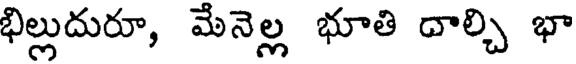
భిల్లుదురూ, మేనెల్ల భూతి దాల్చి భా